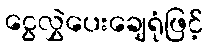
ငွေလွှဲပေးချေရုံဖြင့်